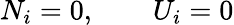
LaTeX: N_{i}=0,\qquad U_{i}=0